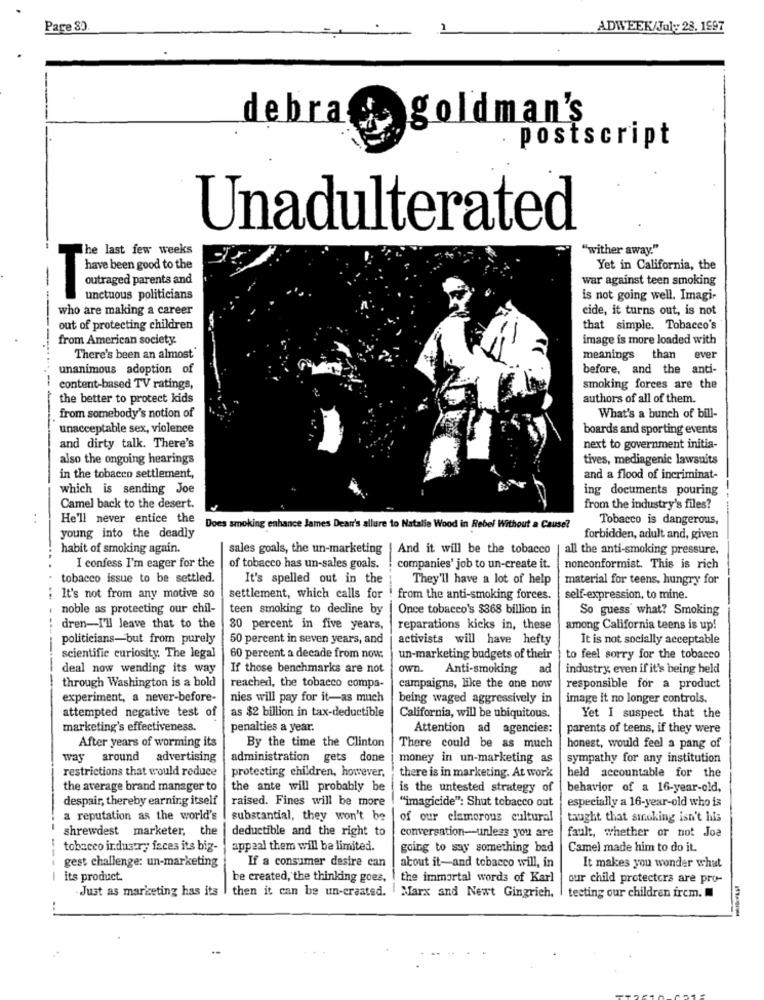
Page 80.
ADWEEK/July 28. 1997
debra
goldman's
. postscript
Unadulterated
The last few weeks
"wither away."
have been good to the
Yet in California, the
outraged parents and
war against teen smoking
unctuous politicians
is not going well. Imagi-
who are making a career
cide, it turns out, is not
Hi
out of protecting children
-----
that simple. Tobacco's
from American society.
image is more loaded with
There's been an almost
meanings than ever
unanimous adoption of
before, and the anti-
--
content-based TV ratings,
smoking forces are the
the better to protect kids
authors of all of them.
from somebody's notion of
What's a bunch of bill-
unacceptable sex, violence
boards and sporting events
and dirty talk. There's
next to government initia-
also the ongoing hearings
tives, mediagenic lawsuits
in the tobacco settlement,
and a flood of incriminat-
which is sending Joe
ing documents pouring
Camel back to the desert.
from the industry's files?
He'll never entice the
Tobacco is dangerous,
Does smoking enhance James Dean's allure to Natalie Wood in Rebel Without a Cause?
young into the deadly
forbidden, adult and, given
habit of smoking again.
sales goals, the un-marketing
[ And it will be the tobacco
all the anti-smoking pressure.
I confess I'm eager for the
of tobacco has un-sales goals.
companies' job to un-create it.
nonconformist. This is rich
tobacco issue to be settled.
It's spelled out in the
They'll have a lot of help
material for teens, hungry for
: It's not from any motive so
settlement, which calls for ! from the anti-smoking forces.
self-expression, to mine.
noble as protecting our chil-
teen smoking to decline by
Once tobacco's $368 billion in
So guess what? Smoking
dren-I'll leave that to the
30 percent in five years,
reparations kicks in, these
among California teens is up!
politicians-but from purely
50 percent in seven years, and
activists will have hefty
It is not socially acceptable
scientific curiosity. The legal
60 percent a decade from now:
un-marketing budgets of their
to feel sorry for the tobacco
deal now wending its way
If those benchmarks are not
own.
Anti-smoking
ad
industry, even if it's being held
through Washington is a bold
reached, the tobacco compa-
campaigns, like the one now
responsible for a product
experiment, a never-before-
nies will pay for it-as much
being waged aggressively in
image it no longer controls.
attempted negative test of
as $2 billion in tax-deductible
California, will be ubiquitous.
Yet I suspect that the
marketing's effectiveness.
penalties a year.
Attention ad agencies:
parents of teens, if they were
After years of worming its
By the time the Clinton
There could be as much
honest, would feel a pang of
way around advertising
administration gets done
money in un-marketing as
sympathy for any institution
restrictions that would reduce
protecting children, however,
there is in marketing. At work
held accountable for the
the average brand manager to
the ante will probably be
is the untested strategy of
behavior of a 16-year-old,
despair, thereby earning itself
raised. Fines will be more
"imagicide": Shut tobacco out
especially a 16-year-old who is
a reputation as the world's
substantial, they won't be
of our elamorous cultural
taught that smoking isn't his
shrewdest marketer, the
deductible and the right to
fault, whether or not Joa
conversation-unless you are
tobacco industry faces its big-
appeal them will be limited.
going to say something bad
Camel made him to do it.
If a consumer desire can
gest challenge: un-marketing
about it-and tobacco will, in
It makes you wonder what
its product.
be created, the thinking goes,
the immortal words of Karl
our child protectors are pro-
Just as marketing has its | then it can be un-created. Marx and Newt Gingrich.
testing our children ircm.